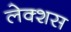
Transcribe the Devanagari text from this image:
लेक्शस